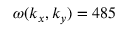
\omega ( k _ { x } , k _ { y } ) = 4 8 5